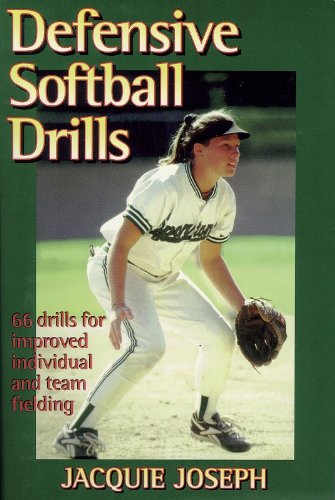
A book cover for Defensive Softball Drills (Visual QuickStart Guides); Jacquie Joseph; Sports & Outdoors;